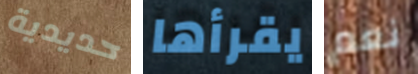
حديدية يقرأها نعم